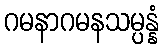
ဂမနာဂမနသမ္ပန္နံ